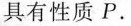
具有性质P。